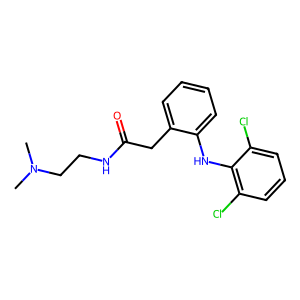
SMILES: CN(C)CCNC(=O)Cc1ccccc1Nc1c(Cl)cccc1Cl
Inhibits HIV replication: No